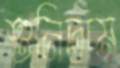
শুনিতাম